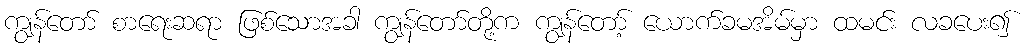
ကျွန်တော် စာရေးဆရာ ဖြစ်သောအခါ ကျွန်တော်တို့က ကျွန်တော့် ယောက်ခမအိမ်မှာ ထမင်း လခပေး၍